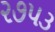
૨૭૫૩